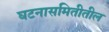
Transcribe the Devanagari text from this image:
घटनासमितीतील